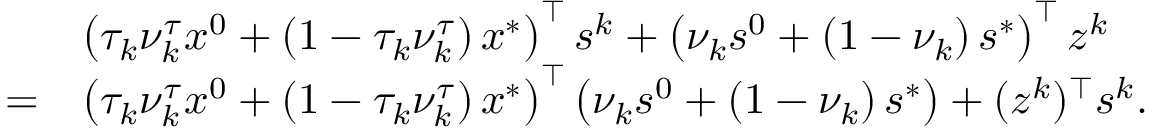
\begin{array} { r l } & { \left( \tau _ { k } \nu _ { k } ^ { \tau } x ^ { 0 } + \left( 1 - \tau _ { k } \nu _ { k } ^ { \tau } \right) x ^ { * } \right) ^ { \top } { s } ^ { k } + \left( \nu _ { k } s ^ { 0 } + \left( 1 - \nu _ { k } \right) s ^ { * } \right) ^ { \top } z ^ { k } } \\ { = } & { \left( \tau _ { k } \nu _ { k } ^ { \tau } x ^ { 0 } + \left( 1 - \tau _ { k } \nu _ { k } ^ { \tau } \right) x ^ { * } \right) ^ { \top } \left( \nu _ { k } s ^ { 0 } + \left( 1 - \nu _ { k } \right) s ^ { * } \right) + ( z ^ { k } ) ^ { \top } s ^ { k } . } \end{array}